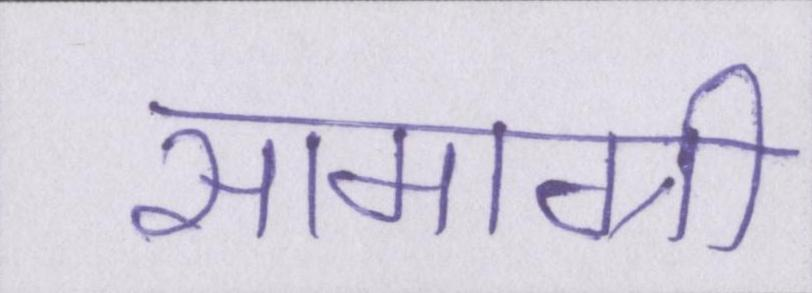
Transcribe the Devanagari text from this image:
सामाग्री